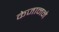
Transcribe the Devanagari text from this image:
केजानने